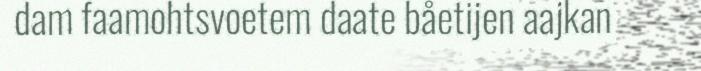
dam faamohtsvoetem daate båetijen aajkan